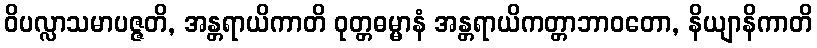
ဝိပလ္လာသမာပဇ္ဇတိ, အန္တရာယိကာတိ ဝုတ္တဓမ္မာနံ အန္တရာယိကတ္တာဘာဝတော, နိယျာနိကာတိ